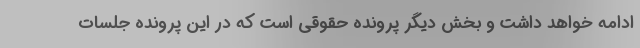
ادامه خواهد داشت و بخش دیگر پرونده حقوقی است که در این پرونده جلسات